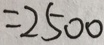
= 2 5 0 0